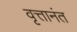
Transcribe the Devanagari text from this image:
वृत्तानंत